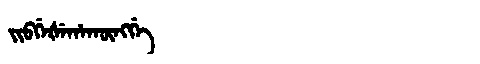
Manchu: ᠵᡳᠪᡤᡝᡧᡝᡥᠠᡴᡡᠩᡤᡝ
Romanization: JIBGEŠEHAKŪNGGE